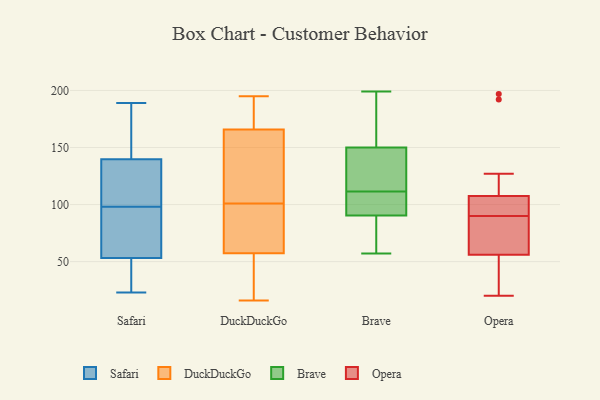
{"axis": {"x": "Humidity (%)", "y": "Value"}, "legend": ["Brave", "DuckDuckGo", "Opera", "Safari"], "data": [{"x": "", "y": 181, "type": "Safari"}, {"x": "", "y": 24, "type": "Safari"}, {"x": "", "y": 189, "type": "Safari"}, {"x": "", "y": 23, "type": "Safari"}, {"x": "", "y": 58, "type": "Safari"}, {"x": "", "y": 89, "type": "Safari"}, {"x": "", "y": 87, "type": "Safari"}, {"x": "", "y": 163, "type": "Safari"}, {"x": "", "y": 115, "type": "Safari"}, {"x": "", "y": 39, "type": "Safari"}, {"x": "", "y": 98, "type": "Safari"}, {"x": "", "y": 110, "type": "Safari"}, {"x": "", "y": 132, "type": "Safari"}, {"x": "", "y": 105, "type": "DuckDuckGo"}, {"x": "", "y": 55, "type": "DuckDuckGo"}, {"x": "", "y": 124, "type": "DuckDuckGo"}, {"x": "", "y": 38, "type": "DuckDuckGo"}, {"x": "", "y": 195, "type": "DuckDuckGo"}, {"x": "", "y": 156, "type": "DuckDuckGo"}, {"x": "", "y": 57, "type": "DuckDuckGo"}, {"x": "", "y": 93, "type": "DuckDuckGo"}, {"x": "", "y": 101, "type": "DuckDuckGo"}, {"x": "", "y": 16, "type": "DuckDuckGo"}, {"x": "", "y": 62, "type": "DuckDuckGo"}, {"x": "", "y": 171, "type": "DuckDuckGo"}, {"x": "", "y": 189, "type": "DuckDuckGo"}, {"x": "", "y": 169, "type": "DuckDuckGo"}, {"x": "", "y": 58, "type": "DuckDuckGo"}, {"x": "", "y": 199, "type": "Brave"}, {"x": "", "y": 80, "type": "Brave"}, {"x": "", "y": 138, "type": "Brave"}, {"x": "", "y": 179, "type": "Brave"}, {"x": "", "y": 186, "type": "Brave"}, {"x": "", "y": 130, "type": "Brave"}, {"x": "", "y": 117, "type": "Brave"}, {"x": "", "y": 130, "type": "Brave"}, {"x": "", "y": 105, "type": "Brave"}, {"x": "", "y": 78, "type": "Brave"}, {"x": "", "y": 176, "type": "Brave"}, {"x": "", "y": 131, "type": "Brave"}, {"x": "", "y": 103, "type": "Brave"}, {"x": "", "y": 94, "type": "Brave"}, {"x": "", "y": 162, "type": "Brave"}, {"x": "", "y": 87, "type": "Brave"}, {"x": "", "y": 96, "type": "Brave"}, {"x": "", "y": 78, "type": "Brave"}, {"x": "", "y": 106, "type": "Brave"}, {"x": "", "y": 57, "type": "Brave"}, {"x": "", "y": 83, "type": "Opera"}, {"x": "", "y": 84, "type": "Opera"}, {"x": "", "y": 197, "type": "Opera"}, {"x": "", "y": 192, "type": "Opera"}, {"x": "", "y": 20, "type": "Opera"}, {"x": "", "y": 49, "type": "Opera"}, {"x": "", "y": 93, "type": "Opera"}, {"x": "", "y": 101, "type": "Opera"}, {"x": "", "y": 127, "type": "Opera"}, {"x": "", "y": 90, "type": "Opera"}, {"x": "", "y": 57, "type": "Opera"}, {"x": "", "y": 101, "type": "Opera"}, {"x": "", "y": 53, "type": "Opera"}]}